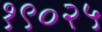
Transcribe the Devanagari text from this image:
१९०२५